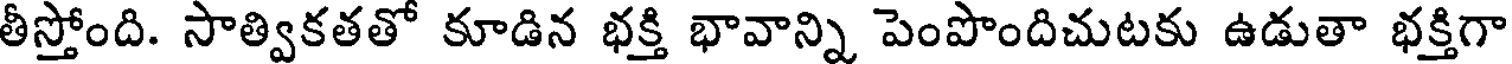
తీస్తోంది. సాత్వికతతో కూడిన భక్తి భావాన్ని పెంపొందిచుటకు ఉడుతా భక్తిగా